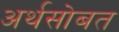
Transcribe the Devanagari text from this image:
अर्थसोबत